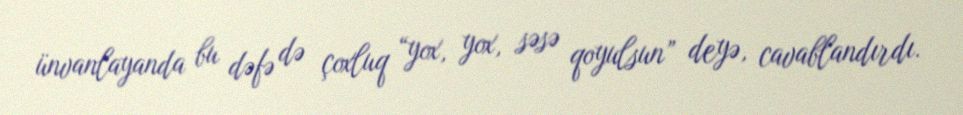
ünvanlayanda bu dəfə də çoxluq “yox, yox, səsə qoyulsun” deyə, cavablandırdı.